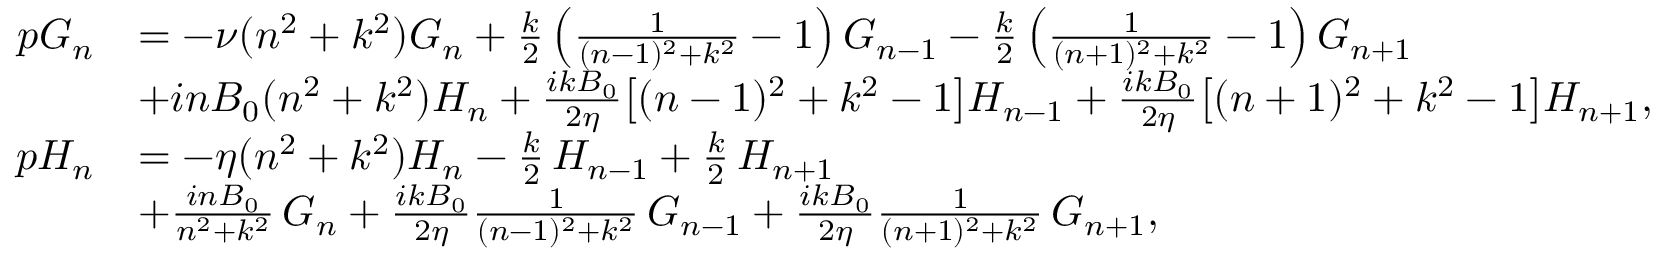
\begin{array} { r l } { p G _ { n } } & { = - \nu ( n ^ { 2 } + k ^ { 2 } ) G _ { n } + \frac { k } { 2 } \left( \frac { 1 } { ( n - 1 ) ^ { 2 } + k ^ { 2 } } - 1 \right) G _ { n - 1 } - \frac { k } { 2 } \left( \frac { 1 } { ( n + 1 ) ^ { 2 } + k ^ { 2 } } - 1 \right) G _ { n + 1 } } \\ & { + i n B _ { 0 } ( n ^ { 2 } + k ^ { 2 } ) H _ { n } + \frac { i k B _ { 0 } } { 2 \eta } \bigl [ ( n - 1 ) ^ { 2 } + k ^ { 2 } - 1 \bigr ] H _ { n - 1 } + \frac { i k B _ { 0 } } { 2 \eta } \bigl [ ( n + 1 ) ^ { 2 } + k ^ { 2 } - 1 \bigr ] H _ { n + 1 } , } \\ { p H _ { n } } & { = - \eta ( n ^ { 2 } + k ^ { 2 } ) H _ { n } - \frac { k } { 2 } \, H _ { n - 1 } + \frac { k } { 2 } \, H _ { n + 1 } } \\ & { + \frac { i n B _ { 0 } } { n ^ { 2 } + k ^ { 2 } } \, G _ { n } + \frac { i k B _ { 0 } } { 2 \eta } \frac { 1 } { ( n - 1 ) ^ { 2 } + k ^ { 2 } } \, G _ { n - 1 } + \frac { i k B _ { 0 } } { 2 \eta } \frac { 1 } { ( n + 1 ) ^ { 2 } + k ^ { 2 } } \, G _ { n + 1 } , } \end{array}